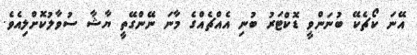
އޭނަ ކޯޗެކޭ ބުނަންވީ ޑޮކްޓަރު ބުނި އެއްޗެއްގެ މާނަ ނޭންގޭތީ ޔާޝާ ސުވާލުކޮށްލިއެވެ.